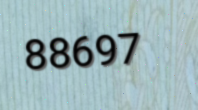
88697